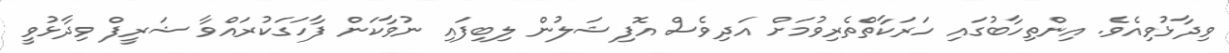
ވިދާޅުވިއެވެ. އިންތިހާބުގައި ހަރަކާތްތެރިވުމަށް އަދިވެސް އޮފިޝަލުން ލިބިފައި ނުވާކަން ފާހަގަކުރައްވާ ޝަރީފް ވިދާޅުވީ